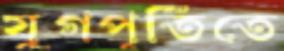
যুগপূর্তিতে